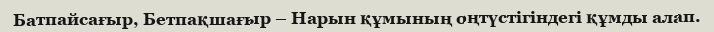
Батпайсағыр, Бетпақшағыр – Нарын құмының оңтүстігіндегі құмды алап.